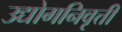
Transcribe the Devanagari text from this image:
उद्योगनिवृत्ती